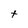
Character: t